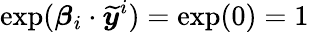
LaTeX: \exp(\boldsymbol\beta_{i}\cdot\widetilde{\boldsymbol y}^{i})=\exp(0)=1